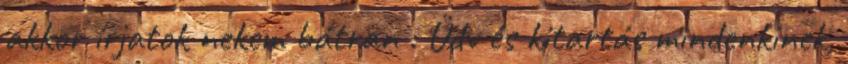
akkor írjatok nekem bátran : Üdv és kitartás mindenkinek,